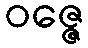
ဝဇ္ဇေ